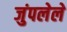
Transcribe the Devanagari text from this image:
जुंपलेले